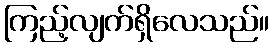
ကြည့်လျက်ရှိလေသည်။